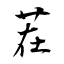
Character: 茬